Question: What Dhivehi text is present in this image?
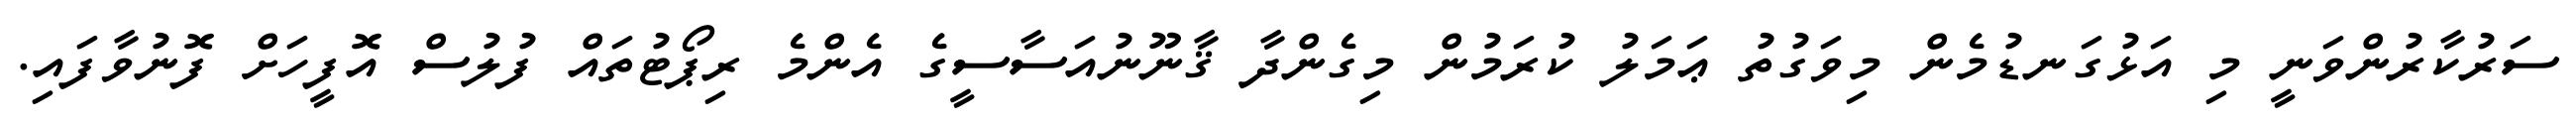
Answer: ސަރުކާރުންވަނީ މި އަޅުގަނޑުމެން މިވަގުތު ޢަމަލު ކުރަމުން މިގެންދާ ޤާނޫނުއަސާސީގެ އެންމެ ރިޕޯޓުތައް ފުލުސް އޮފީހަށް ފޮނުވާފައި.